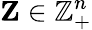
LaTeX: \mathbf{Z}\in\mathbb{Z}_{+}^{n}